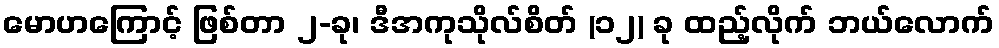
မောဟကြောင့် ဖြစ်တာ ၂-ခု၊ ဒီအကုသိုလ်စိတ် (၁၂) ခု ထည့်လိုက် ဘယ်လောက်